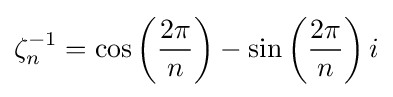
\zeta _{n}^{-1}=\cos \left({\frac {2\pi }{n}}\right)-\sin \left({\frac {2\pi }{n}}\right)i